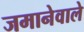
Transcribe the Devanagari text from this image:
जमानेवाले